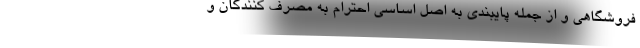
فروشگاهی و از جمله پایبندی به اصل اساسی احترام به مصرف کنندگان و